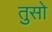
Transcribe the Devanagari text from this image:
तुसो